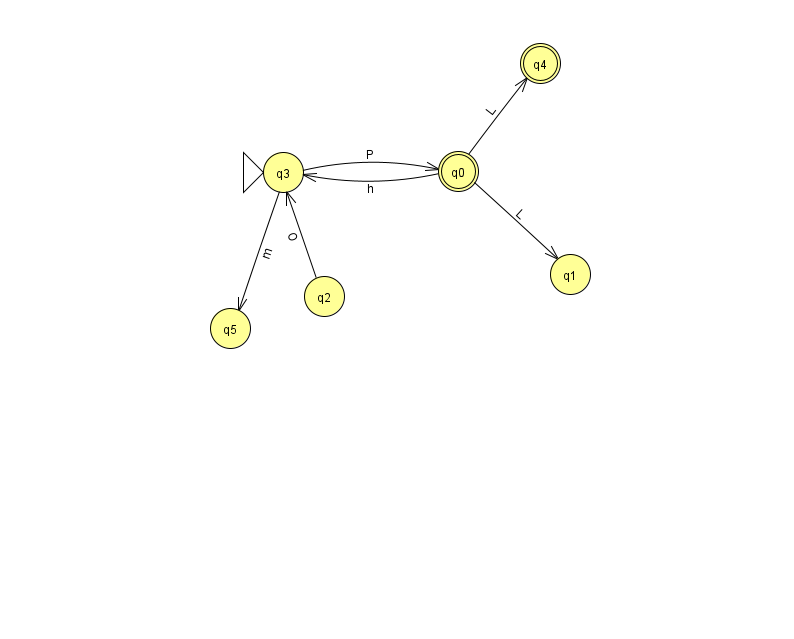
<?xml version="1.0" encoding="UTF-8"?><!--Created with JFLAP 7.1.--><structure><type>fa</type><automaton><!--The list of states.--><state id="0" name="q0"><x>458.0</x><y>158.0</y><final/></state><state id="1" name="q1"><x>570.0</x><y>261.0</y></state><state id="2" name="q2"><x>324.0</x><y>283.0</y></state><state id="3" name="q3"><x>283.0</x><y>159.0</y><initial/></state><state id="4" name="q4"><x>540.0</x><y>50.0</y><final/></state><state id="5" name="q5"><x>230.0</x><y>315.0</y></state><!--The list of transitions.--><transition><from>0</from><to>3</to><read>h</read></transition><transition><from>2</from><to>3</to><read>O</read></transition><transition><from>3</from><to>5</to><read>m</read></transition><transition><from>0</from><to>1</to><read>L</read></transition><transition><from>3</from><to>0</to><read>P</read></transition><transition><from>0</from><to>4</to><read>L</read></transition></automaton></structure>